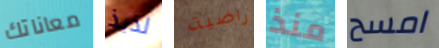
معاناتك لذيذ راضية منذ امسح